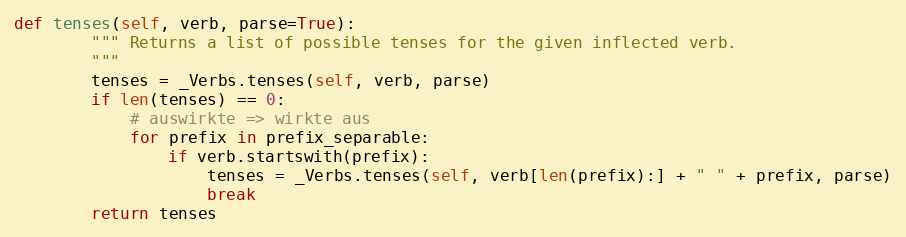
Language: Python
def tenses(self, verb, parse=True):
        """ Returns a list of possible tenses for the given inflected verb.
        """
        tenses = _Verbs.tenses(self, verb, parse)
        if len(tenses) == 0:
            # auswirkte => wirkte aus
            for prefix in prefix_separable:
                if verb.startswith(prefix):
                    tenses = _Verbs.tenses(self, verb[len(prefix):] + " " + prefix, parse)
                    break
        return tenses